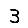
Digit: 3